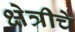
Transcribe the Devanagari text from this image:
क्षेत्रीचे